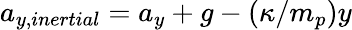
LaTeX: a_{y,inertial}=a_{y}+g-(\kappa/m_{p})y